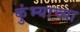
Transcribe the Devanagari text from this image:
कुंभ्याच्या